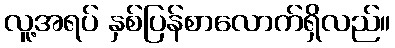
လူ့အရပ် နှစ်ပြန်စာလောက်ရှိလည်။